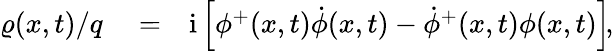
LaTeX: \begin{array}{rlr}{\varrho({x},t)/q}&{{}=}&{\mathrm{i}\left[\phi^{+}({x},t)\dot{\phi}({x},t)-\dot{\phi}^{+}({x},t)\phi({x},t)\right]\! ,}\end{array}